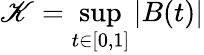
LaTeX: \mathscr{K}=\operatorname*{sup}_{t\in[0,1]}|B(t)|